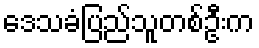
ဒေသခံပြည်သူတစ်ဦးက